Scottish Leaving Certificate Examination, 1952
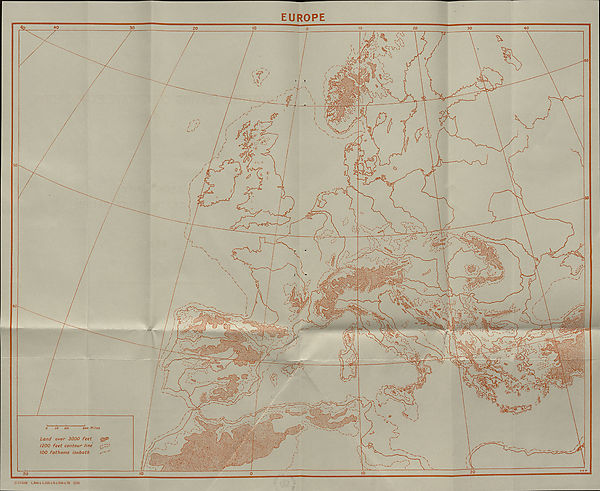
EUROPE
(C37408) 1,300-1-1,0254-2 + 200 + 79 3/52
o so too
200 Miles
Land over 3000 feet
1200 feet contour line
100 fathoms isobath
.—^